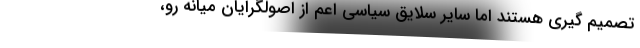
تصمیم گیری هستند اما سایر سلایق سیاسی اعم از اصولگرایان میانه رو،